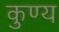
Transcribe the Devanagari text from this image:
कुण्य